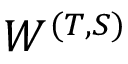
W ^ { ( T , S ) }